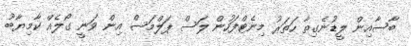
ބާސާއިން ލީޑުނެގިތާ ހަތަރު މިނެޓްފަހުން ލަސް ޕަލްމަސް އިން ވަނީ ގޯލެއް ކާމިޔާބު